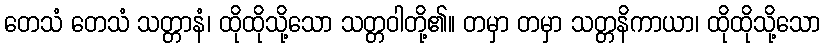
တေသံ တေသံ သတ္တာနံ၊ ထိုထိုသို့သော သတ္တဝါတို့၏။ တမှာ တမှာ သတ္တနိကာယာ၊ ထိုထိုသို့သော